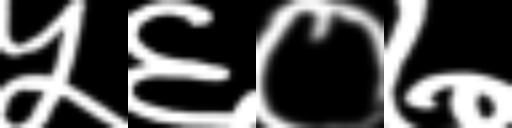
Text: ५६०७